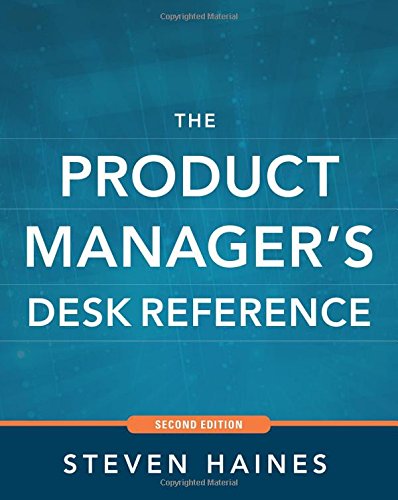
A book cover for The Product Manager's Desk Reference 2E; Steven Haines; Business & Money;